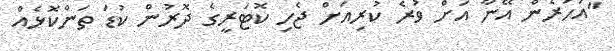
"އަހަރެން އޭނާ އަށް ވުރެ ކުރިއަށް ޖެހި ކޮޓަރީގެ ދޮރުން ކުޑަ ތަންކޮޅެއް